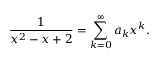
{ \frac { 1 } { x ^ { 2 } - x + 2 } } = \sum _ { k = 0 } ^ { \infty } a _ { k } x ^ { k } .